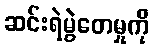
ဆင်းရဲမွဲတေမှုကို